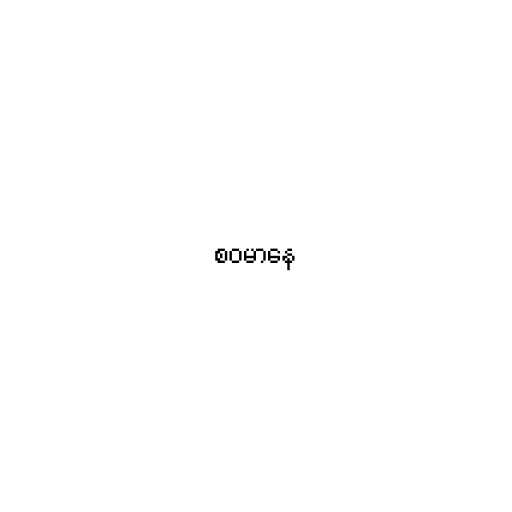
စဝမာနေ